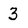
Character: 3